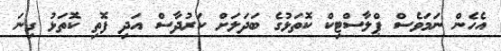
އެހެން ނަމަވެސް ޕްލާސްޓިކް ކޮތަޅުގެ ބަދަލަށް ކަރުދާސް އަދި ފޮތި ކޮތަޅު ގިނަ